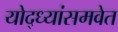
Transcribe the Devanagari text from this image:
योद्ध्यांसमवेत